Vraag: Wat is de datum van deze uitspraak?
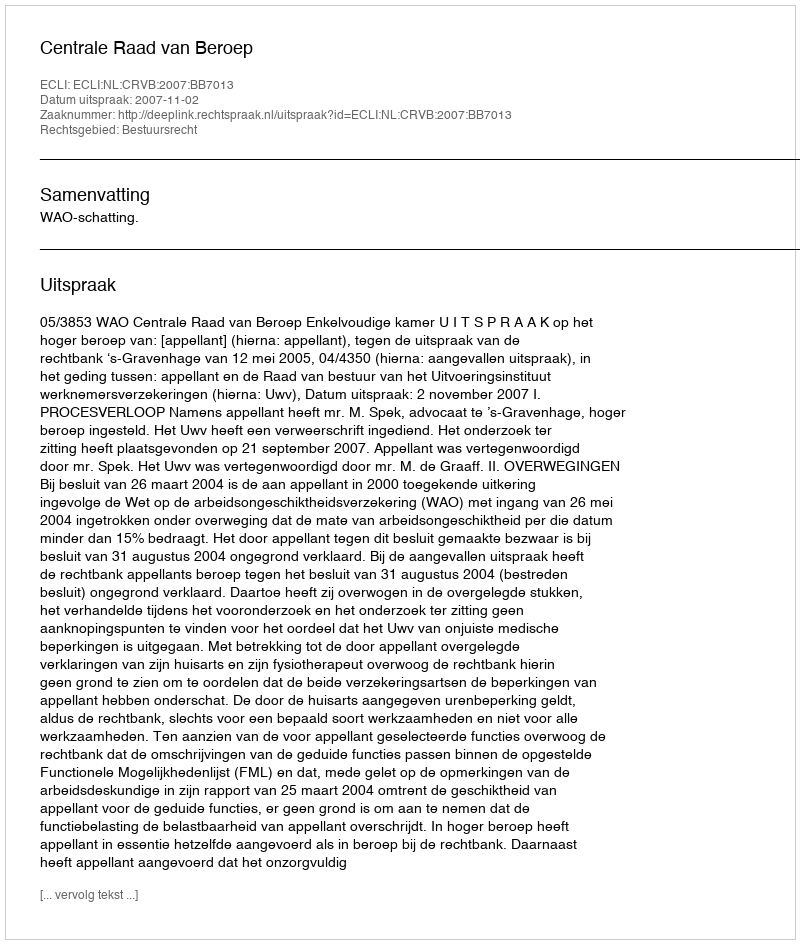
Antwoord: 2007-11-02